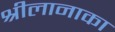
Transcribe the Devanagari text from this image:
श्रीलानाका